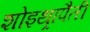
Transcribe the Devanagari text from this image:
शोइथ़्रापैती